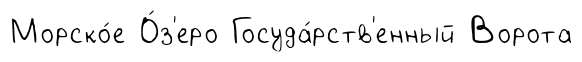
Морско́е О́з'еро Госуда́рств'енный Ворота